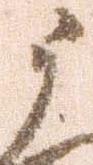
う